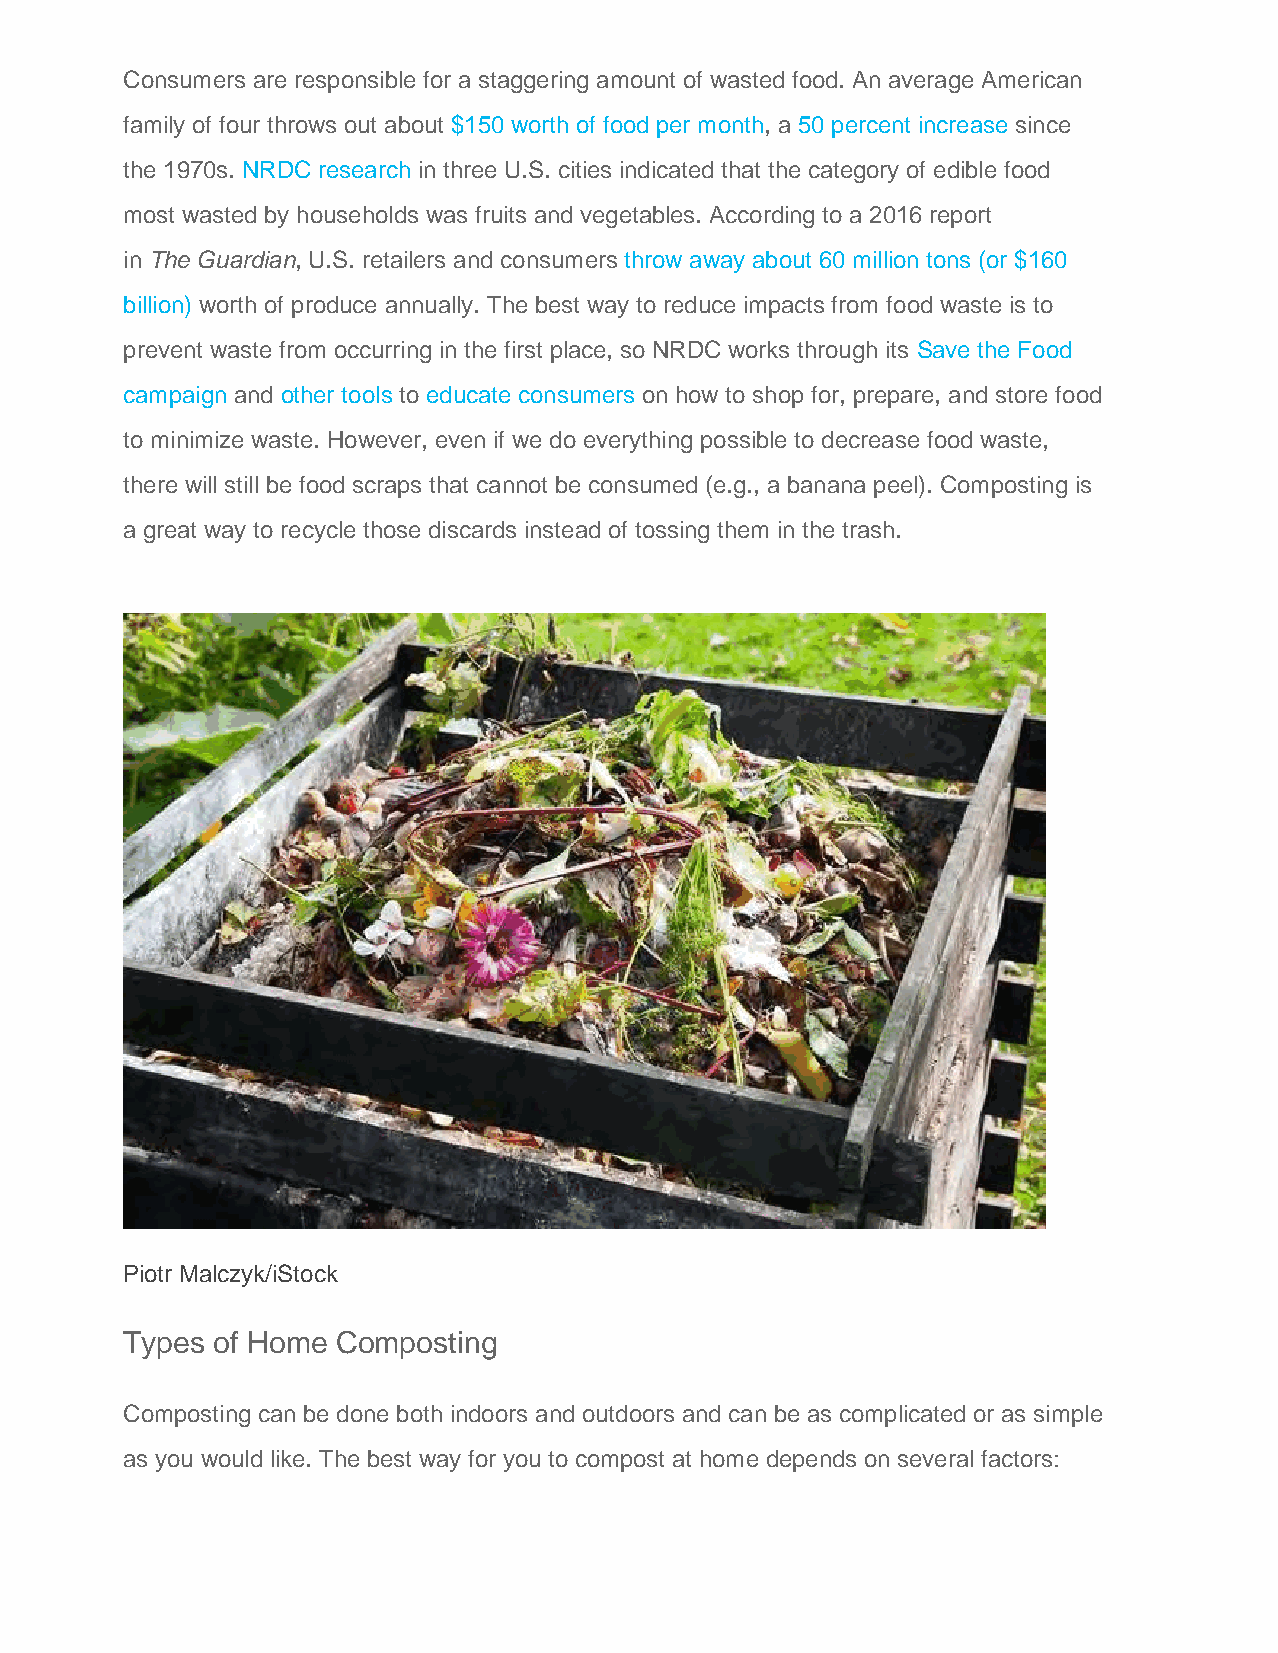
Consumers are responsible for a staggering amount of wasted food. An average American
 family of four throws out about $150 worth of food per month, a 50 percent increase since
 the 1970s. NRDC research in three U.S. cities indicated that the category of edible food
 most wasted by households was fruits and vegetables. According to a 2016 report
 in The Guardian, U.S. retailers and consumers throw away about 60 million tons (or $160
 billion) worth of produce annually. The best way to reduce impacts from food waste is to
 prevent waste from occurring in the first place, so NRDC works through its Save the Food
 campaign and other tools to educate consumers on how to shop for, prepare, and store food
 to minimize waste. However, even if we do everything possible to decrease food waste,
 there will still be food scraps that cannot be consumed (e.g., a banana peel). Composting is
 a great way to recycle those discards instead of tossing them in the trash.
 Piotr Malczyk/iStock
 Types of Home Composting
 Composting can be done both indoors and outdoors and can be as complicated or as simple
 as you would like. The best way for you to compost at home depends on several factors: